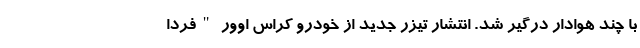
با چند هوادار درگیر شد. انتشار تیزر جدید از خودرو کراس اوور "فردا